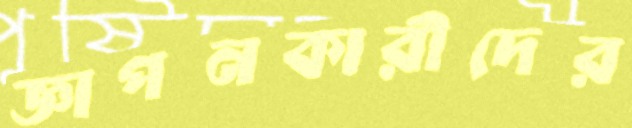
জ্ঞাপনকারীদের